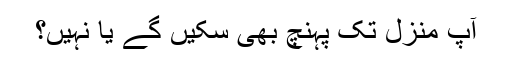
آپ منزل تک پہنچ بھی سکیں گے یا نہیں؟